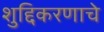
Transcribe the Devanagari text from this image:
शुद्दिकरणाचे